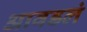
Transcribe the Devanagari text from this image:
आवडलं